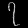
Digit: ၇